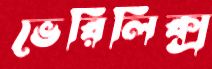
ভেরিলিক্স